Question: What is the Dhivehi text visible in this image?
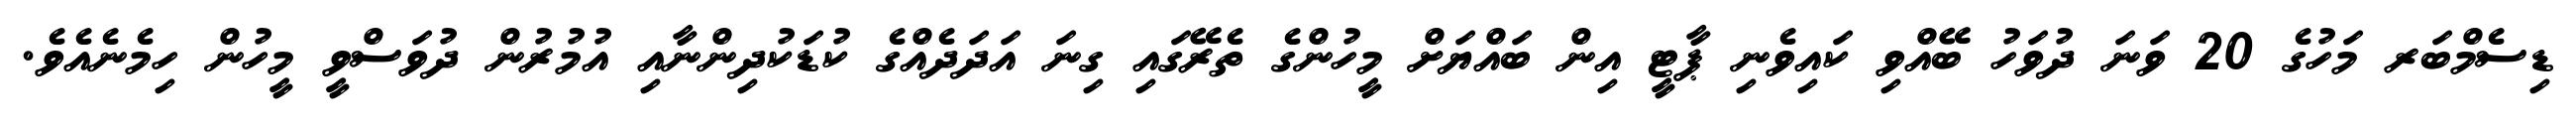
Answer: ޑިސެމްބަރ މަހުގެ 20 ވަނަ ދުވަހު ބޭއްވި ކައިވެނި ޕާޓީ އިން ބައްޔަށް މީހުންގެ ތެރޭގައި ގިނަ އަދަދެއްގެ ކުޑަކުދިންނާއި އުމުރުން ދުވަސްވީ މީހުން ހިމެނެއެވެ.